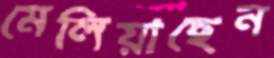
মেলিয়াছেন